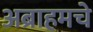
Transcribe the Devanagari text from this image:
अब्राहमचे